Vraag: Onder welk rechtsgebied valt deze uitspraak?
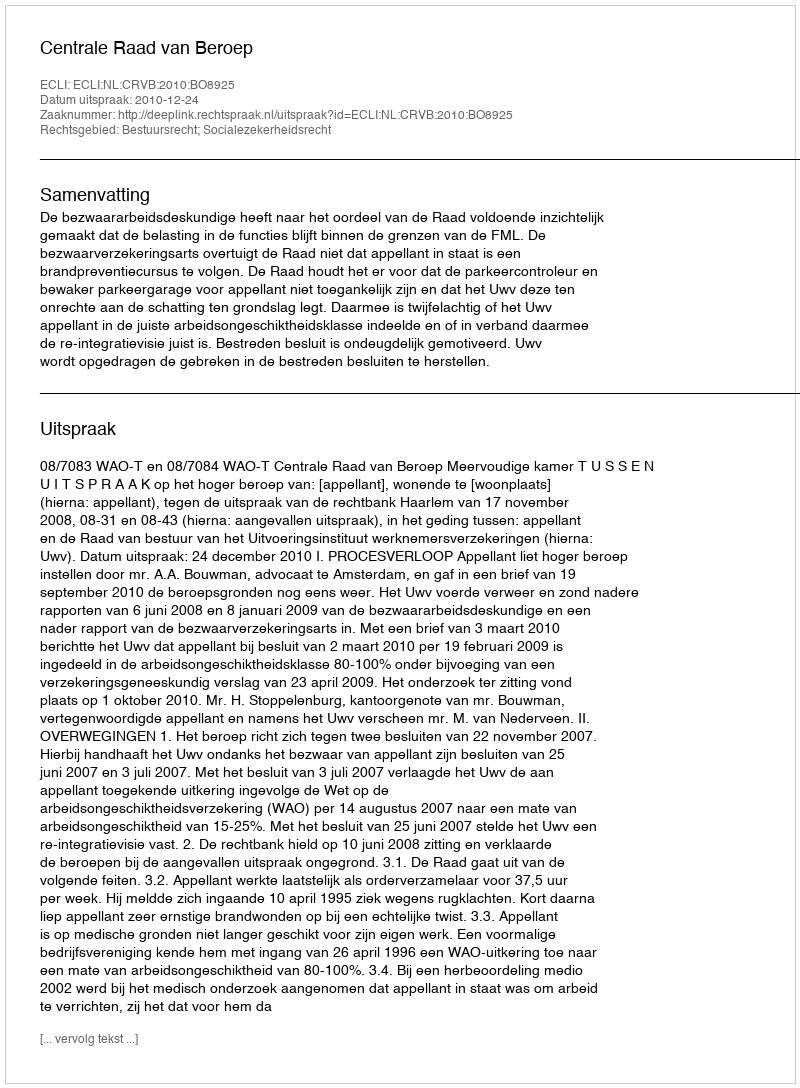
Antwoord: Bestuursrecht; Socialezekerheidsrecht